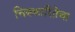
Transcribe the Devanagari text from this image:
चित्रकारितेचा